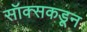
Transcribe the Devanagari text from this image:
सॉक्सकडून